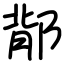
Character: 鄁